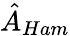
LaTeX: \hat{A}_{Ham}